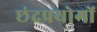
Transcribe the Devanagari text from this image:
छंदप्रयोगों